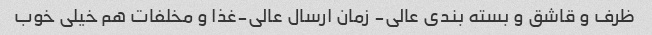
ظرف و قاشق و بسته بندی عالی- زمان ارسال عالی-غذا و مخلفات هم خیلی خوب